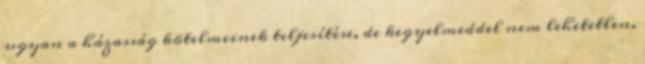
ugyan a házasság kötelmeinek teljesítése, de kegyelmeddel nem lehetetlen.